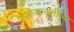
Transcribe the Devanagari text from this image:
उपकलाकृतींच्या